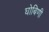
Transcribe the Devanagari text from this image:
घोबिणी